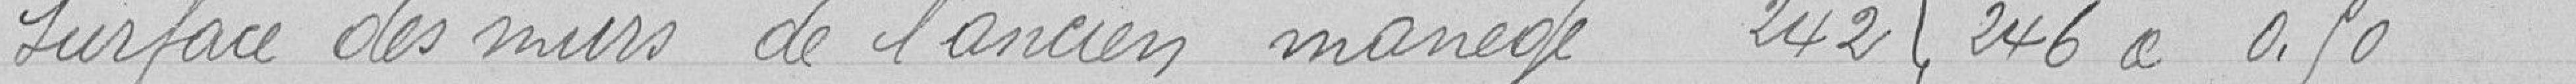
Surface des murs de l'ancien manège 242 | 246 à 0. 50